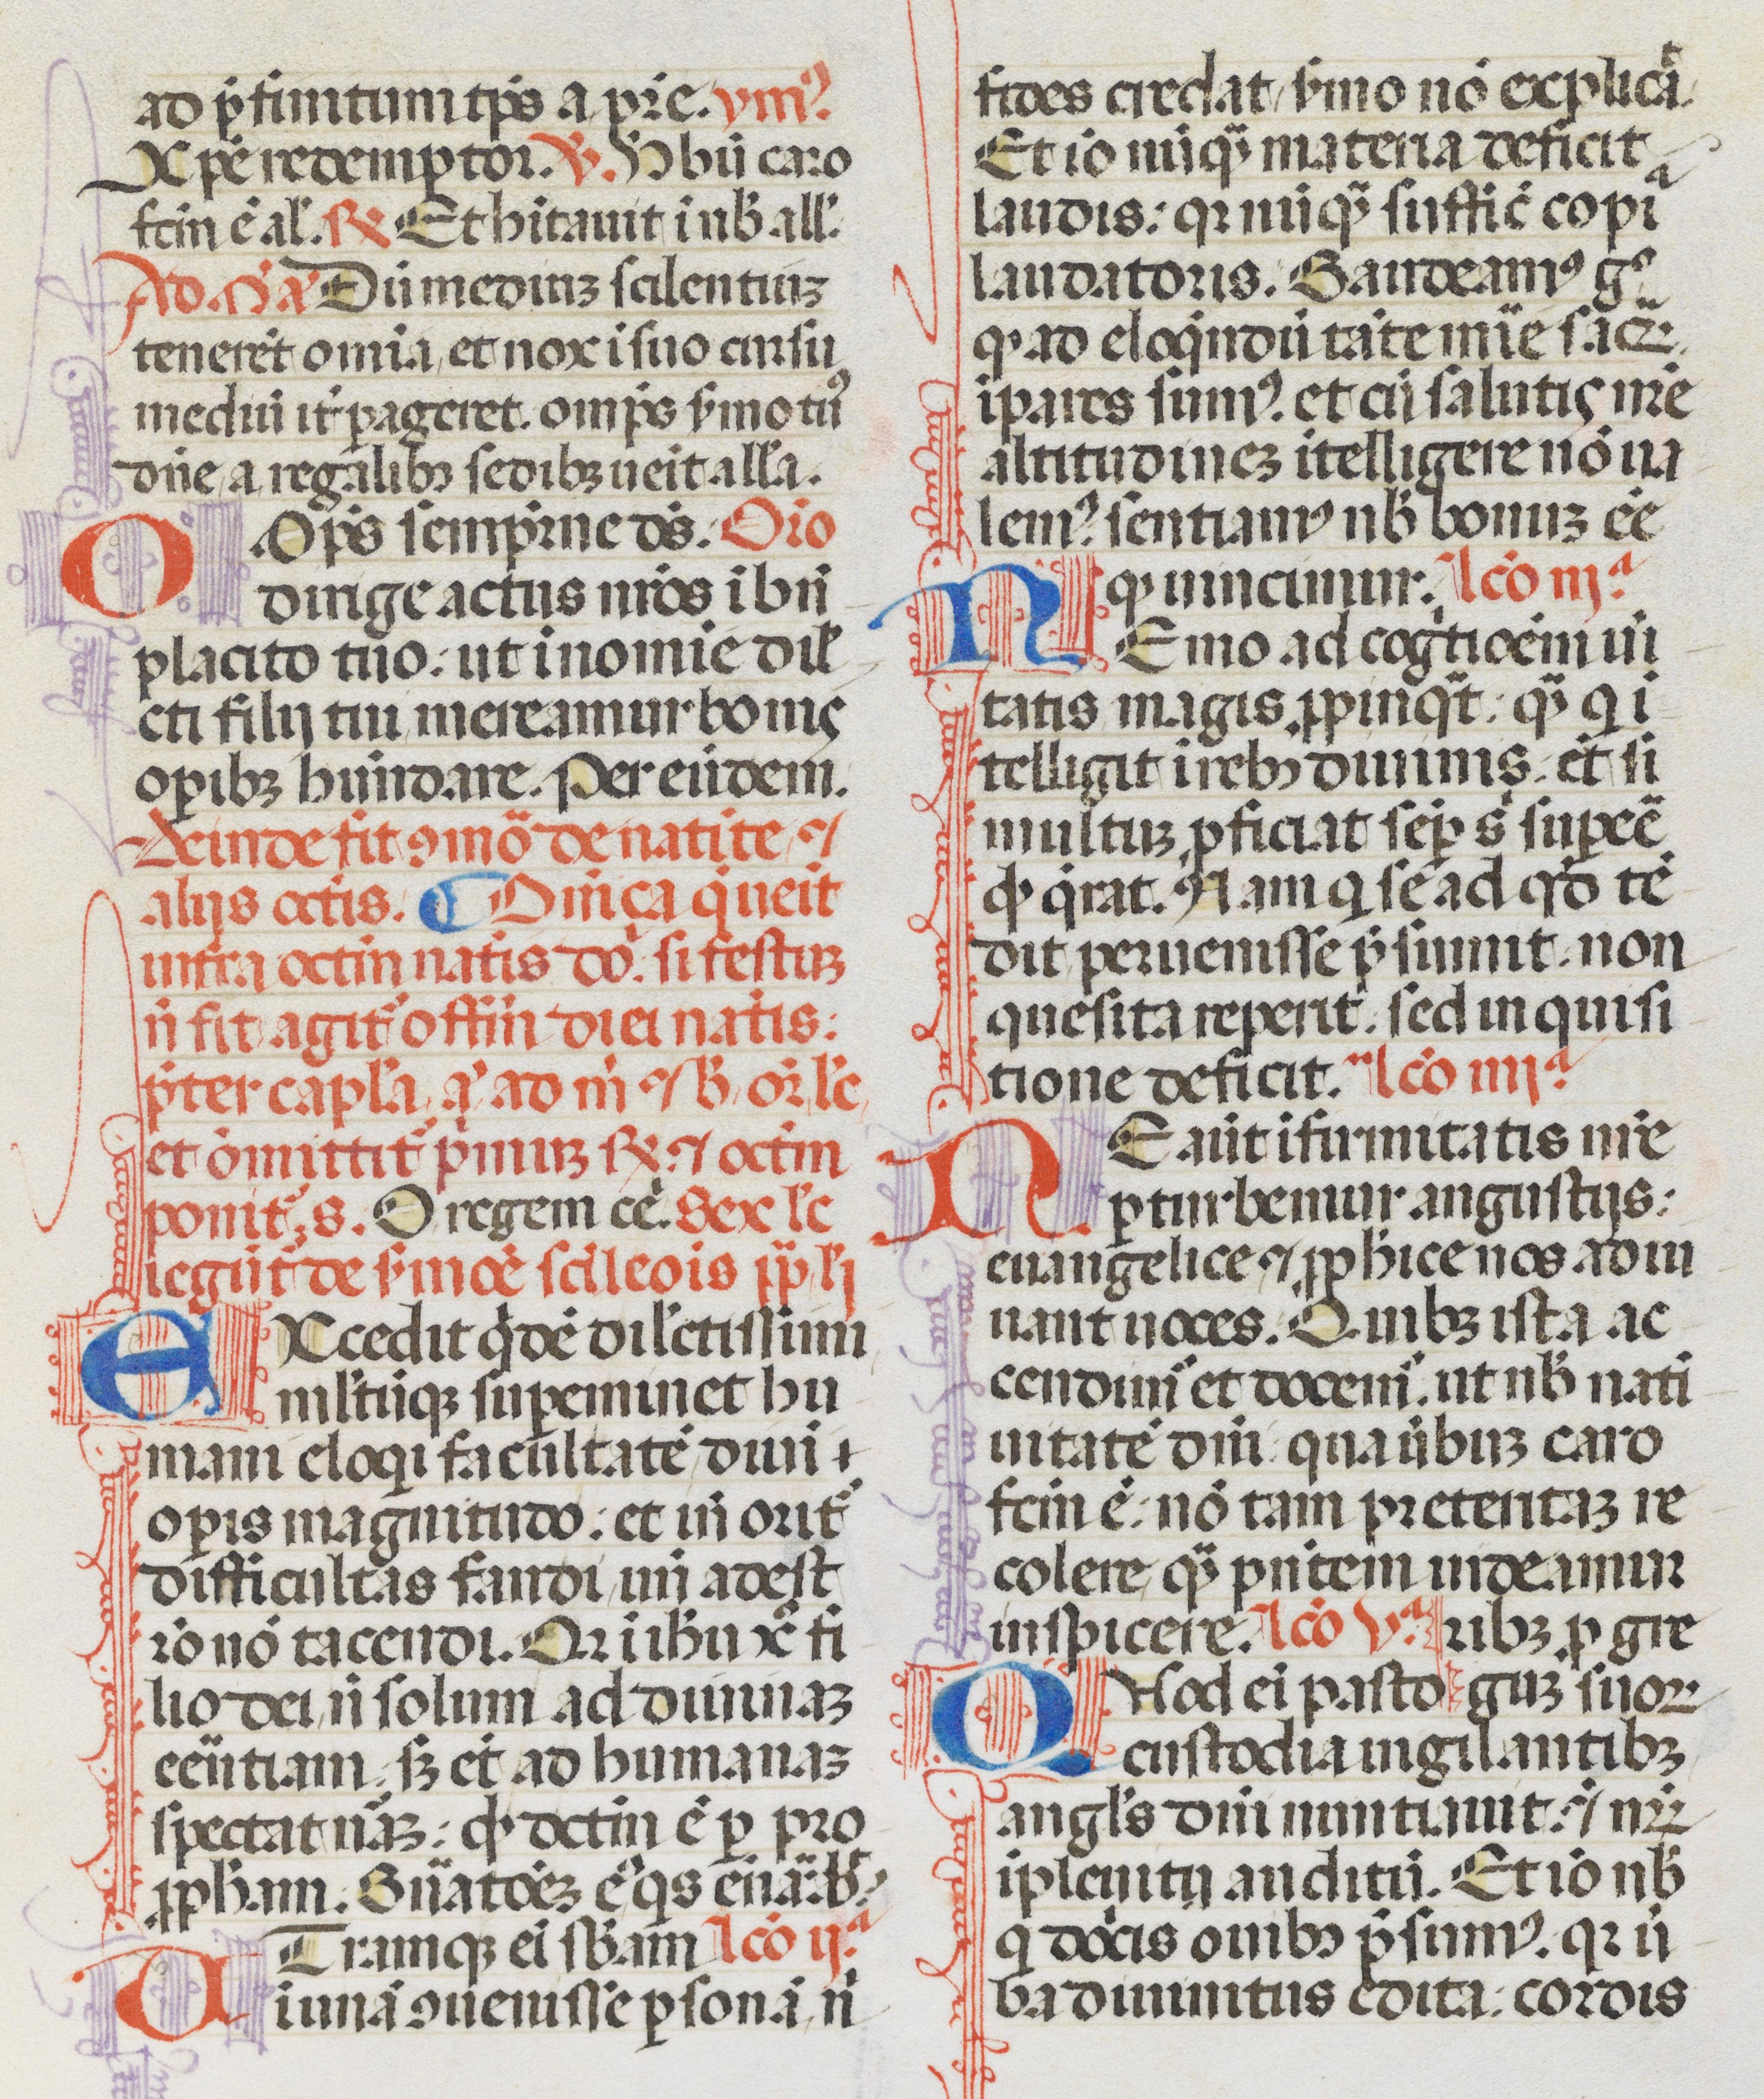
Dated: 1470–1471